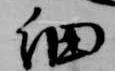
細